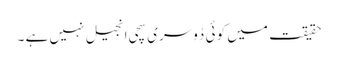
حقیقت میں کو ئی دُوسری سچی انجیل نہیں ہے ۔